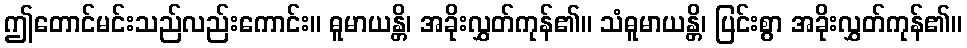
ဤတောင်မင်းသည်လည်းကောင်း။ ဓူမာယန္တိ၊ အခိုးလွှတ်ကုန်၏။ သံဓူမာယန္တိ၊ ပြင်းစွာ အခိုးလွှတ်ကုန်၏။